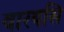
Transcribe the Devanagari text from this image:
वारयसि